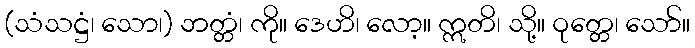
(သံသဋ္ဌံ၊ သော၊) ဘတ္တံ၊ ကို။ ဒေဟိ၊ လော့။ ဣတိ၊ သို့။ ဝုတ္တေ၊ သော်။